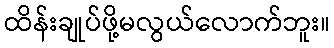
ထိန်းချုပ်ဖို့မလွယ်လောက်ဘူး။